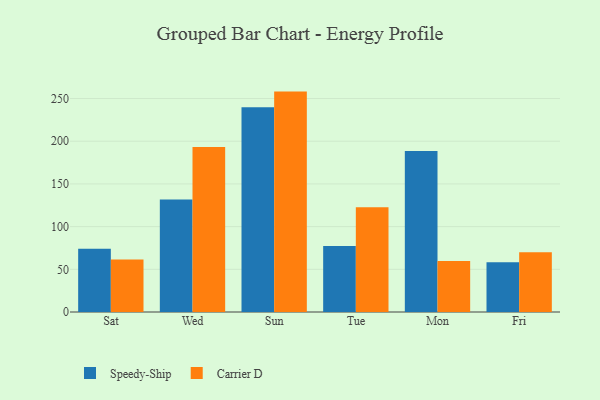
{"axis": {"x": "Day", "y": "Waste Production (Tons)"}, "legend": ["Carrier D", "Speedy-Ship"], "data": [{"x": "Sat", "y": 74.1, "type": "Speedy-Ship"}, {"x": "Sat", "y": 61.5, "type": "Carrier D"}, {"x": "Wed", "y": 131.6, "type": "Speedy-Ship"}, {"x": "Wed", "y": 193.2, "type": "Carrier D"}, {"x": "Sun", "y": 239.7, "type": "Speedy-Ship"}, {"x": "Sun", "y": 258.1, "type": "Carrier D"}, {"x": "Tue", "y": 77.2, "type": "Speedy-Ship"}, {"x": "Tue", "y": 122.7, "type": "Carrier D"}, {"x": "Mon", "y": 188.5, "type": "Speedy-Ship"}, {"x": "Mon", "y": 59.8, "type": "Carrier D"}, {"x": "Fri", "y": 58.3, "type": "Speedy-Ship"}, {"x": "Fri", "y": 69.9, "type": "Carrier D"}]}